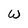
Character: W